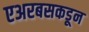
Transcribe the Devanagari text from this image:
एअरबसकडून